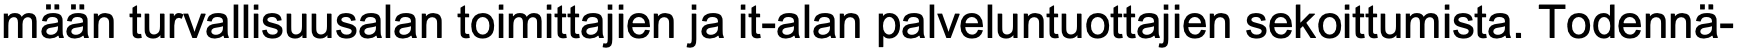
mään turvallisuusalan toimittajien ja it-alan palveluntuottajien sekoittumista. Todennä-